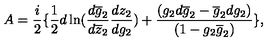
A = \frac { i } { 2 } \{ \frac { 1 } { 2 } d \ln ( \frac { d \overline { { g } } _ { 2 } } { d \overline { { z } } _ { 2 } } \frac { d z _ { 2 } } { d g _ { 2 } } ) + \frac { ( g _ { 2 } d \overline { { g } } _ { 2 } - \overline { { g } } _ { 2 } d g _ { 2 } ) } { ( 1 - g _ { 2 } \overline { { g } } _ { 2 } ) } \} ,